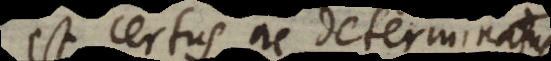
est certus ac determinatus,